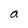
Character: a